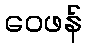
ဝေဖန်